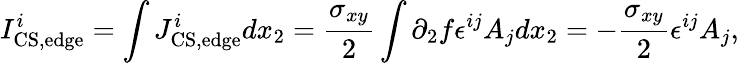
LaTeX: I_{\mathrm{CS,edge}}^{i}=\int J_{\mathrm{CS,edge}}^{i}dx_{2}={\frac{\sigma_{xy}}{2}}\int\partial_{2}f\epsilon^{ij}A_{j}dx_{2}=-{\frac{\sigma_{xy}}{2}}\epsilon^{ij}A_{j},